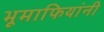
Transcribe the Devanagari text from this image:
भूमाफियांनी